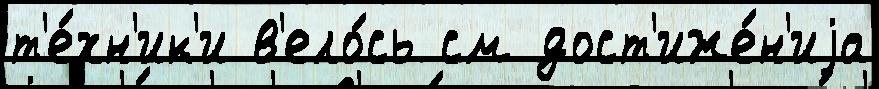
т'е́хн'ик'и в'ело́сь см дост'иже́н'иjа